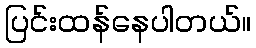
ပြင်းထန်နေပါတယ်။